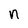
Character: n